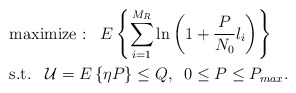
\begin{align*}{}&{}\textrm{maximize :}\;\;\;E \left\{ \sum_{i=1}^{M_R} \ln \left( 1 + \frac{P}{N_0} l_i \right) \right\} \\&\textrm{s.t.}\;\;\;{\mathcal U} = E\left\{\eta P \right \} \leq Q, \;\; 0 \leq P \leq P_{max}.\end{align*}